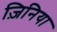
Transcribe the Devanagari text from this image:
ज़िनिया